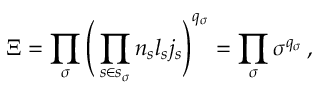
\Xi = \prod _ { \sigma } \Bigg ( \prod _ { s \in s _ { \sigma } } n _ { s } l _ { s } j _ { s } \Bigg ) ^ { q _ { \sigma } } = \prod _ { \sigma } \sigma ^ { q _ { \sigma } } \, ,